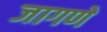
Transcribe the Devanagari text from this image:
जागणे